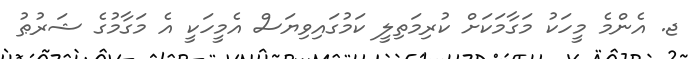
ޖ. އެންމެ މީހަކު މަގާމަކަށް ކުރިމަތިލީ ކަމުގައިވިޔަސް އެމީހަކީ އެ މަގާމުގެ ޝަރުޠު